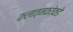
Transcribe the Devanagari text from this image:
कलात्मकतेकडे